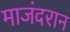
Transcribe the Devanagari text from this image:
माजंदरान